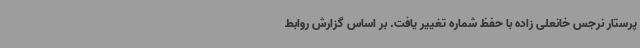
پرستار نرجس خانعلی زاده با حفظ شماره تغییر یافت. بر اساس گزارش روابط